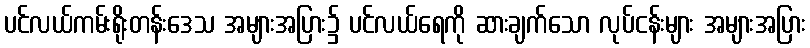
ပင်လယ်ကမ်းရိုးတန်းဒေသ အများအပြား၌ ပင်လယ်ရေကို ဆားချက်သော လုပ်ငန်းများ အများအပြား